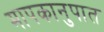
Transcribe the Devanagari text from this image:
मापकानुपात